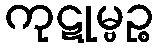
ကုဋုမ္ဗဉ္စ